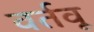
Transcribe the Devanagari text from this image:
वर्तवू